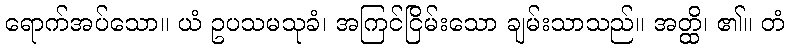
ရောက်အပ်သော။ ယံ ဥပသမသုခံ၊ အကြင်ငြိမ်းသော ချမ်းသာသည်။ အတ္ထိ၊ ၏။ တံ